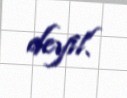
deyil.